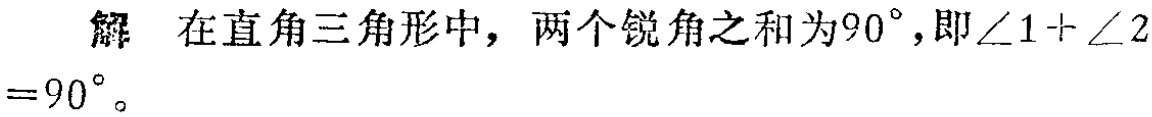
解 在直角三角形中，两个锐角之和为\(90^{\circ}\)，即\(\angle 1 + \angle 2 = 90^{\circ}\)。